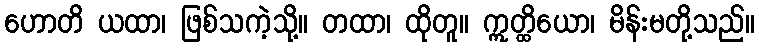
ဟောတိ ယထာ၊ ဖြစ်သကဲ့သို့။ တထာ၊ ထိုတူ။ ဣတ္ထိယော၊ မိန်းမတို့သည်။